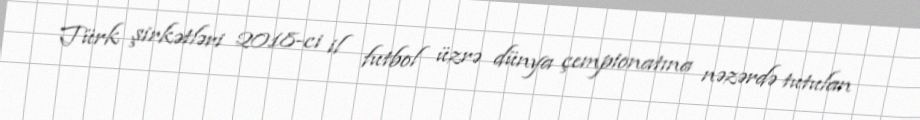
Türk şirkətləri 2018-ci il futbol üzrə dünya çempionatına nəzərdə tutulan